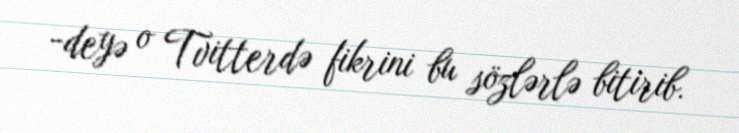
-deyə o Tvitterdə fikrini bu sözlərlə bitirib.